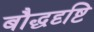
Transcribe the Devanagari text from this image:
बौद्धदृष्टि